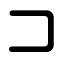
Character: コ